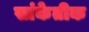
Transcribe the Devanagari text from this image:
सांकेतीक